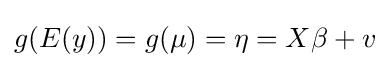
g(E(y))=g(\mu )=\eta =X\beta +v